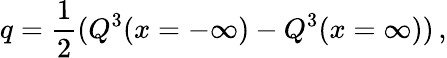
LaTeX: q={\frac{1}{2}}(Q^{3}(x=-\infty)-Q^{3}(x=\infty))\, ,